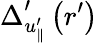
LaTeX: \Delta_{u_{\parallel}^{\prime}}^{\prime}\left(r^{\prime}\right)